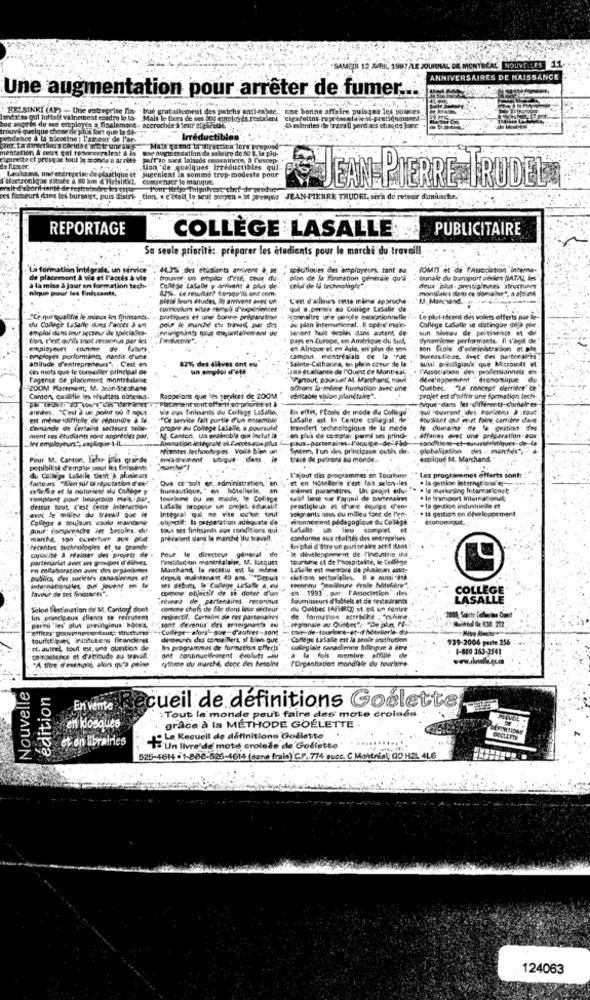
97 /LE JOURNAL DE MONTRÉAL
NOUVELLES
ANNIVERSAIRES DE NAISSANCE
Une augmentation pour arrêter de fumer ...
HELSINKI (AP) - Une entreprise In-
"true gratuitement des patchs antleshne: une bonne affaire puisq
ner's qui huittalt vainement contro lo to-
Mais le tiers de ses jos employés restaient "cigarettos.
boc appris de ses employés a finalement, accrochée i teur elgiresse,
avis quelque chose de plus fort que
Irréductibles'
Ne augn or isationife saleiro de 80 8. 1
to cf prosy ac tout i
pirse sit laissés osovaincre, a Pescep
tion "de quelques Irréductibles. qui
jueet Succaient la somme trop-mode
Cogenacr le manque.
te pour
JEAN PIERRE TRUDEL.
seurs dans les bursags, puis distri-
tion
c'était le seul pibyen . it jeremy
JEAN-PIERRE
REPORTAGE
PUBLICITAIRE
COLLÈGE LASALLE
Sa seule priorité: préparer les étudiants pour le marché du travail!
La formation intégrale, un service
44.3% des étudiants arrivene &, se ' sodcifiques des employeuri, tant Na.
(OMT) et de PASsociation interna-
de placement & vie et l'accès & vie
trouver un emailor d'edf, Chug du-
plan de la formation, generale qu'il
tionale du transport ofniet DATAt, les
à la mise à jour en formation tech-
nique pour les finissants,
College Lafalle y amieent à plus de. "celui de la technologie".
47%. Ce remitir? Lorsqu'ils ont com.
monsilakes dans ce domainet, a afdune
deux pas- arestialtura structures
Dieof Seurs études, Re arrivent avec un
. Con d'ailleurs cette mime
woche
curriculum vitae remois d'experiences
qu'a.permis so Collège Lasalle d
SCe qui qualifie le mieux les firmants. . . pratiques et une bonne prifparation
Somaltre une perte exceptionnelle
as plan international. , E opens"main-
Le pli-récent des volets offerts pas ie-
emploi dans four secteur de spéciales-
du Collge LaSalle dons Tacots & un
pour Ne eurche chu travel, pur dos
lenant huit weolt dans autant de
College LaSalle se distingue deja pie ..
son niveau de peitisnot et &
ton, c'est qu'ils inot inconnus par les :
peps en Europe, en Amérique du Sud,
dynamisme performants. Il s'agit Ble
employeur comme de fatura
en Afrique et en dale, en'plin de son
son Icole d'schrinitration at ade
.employés performants, nantis d'une
82% des élèves ont eu
"Sainte-Catharina, en plein coeur de la
campus montrealals - de la true
siwl prestigiauk que Microvett
bureautiene. avec des partenaires
attitude d'entrepreteun". , Cest on
ces mots que le conseiller principal de
un emploi d'été
Lille etadiante de l'Ount de Montreal,
l'Association des- professionnels
Fagence de placement montrealaise
"Partout poursat ML Marchand, nout
(w'egpement "économique.
"ZOOM Parement, M. Jean576shane
offrons la même formation avec une
Quther. "e' concept derriere" ce
Cantor, qualifie les sesditets outennd.
Rappelons que les services de 200MM
veritable vision planetakre".
fuque dans les différents-domates-
projet est d'offrir une formation tech-
années, "C'est ) un point of 0 nous
Nie owe finissants du Collge Lasalle.
En effet, l'onle de mode du College
Pul couvrent des horizons à ;faut
eit memetdifficile'de répondre à le.
"Ce service falt puntie d'un ensemble"
LaSalle est Is Centre collegial, de
housliant oul must faire carritre dans
Cemandle de Certains secteurs meile-
propre au College Lasalle, a powruled
transfert' technologique de le mede
le domaine de la gestion
ment ces étudiants sont apprécies par.
"Af Canton, Un ensemble qui inchat in
formation intégrale ol Peores-asus,plus
en plus de te epler parmi ses prind-
affaires avec une préparation. aux
recentes technologies Voila bien an
Sperm, l'un ales principaux outils de. \ globalisation des . marches"
Pour M. Canton, Esbir plus grande
trace de patrons ao monde ..
explique M. Marchand."
. l'ajout dis programmes en Tourisme ** Les programmes offerts sont
du Celllige LaSalle Best & plusieurs
facteurs "Bien suf bi reputation d'ex"
Que ce tolt, en, administration," en.
et en Hôtellerie s'est fait selen-les
. la gestion loterngt on
celledice et la notoriété du Calllge y
bureautique, " en hotellerie,
Wemes paramètres. " Un projet edu-
. . le muskesing Intarnationet
comptent pour besigroup mais. Al.
tourisme ou en mode, to Col ise
deof base sur Fanmil de Bartensims
. le transport international
avec le milieu du travail que ie
dessus tout C'est cette Interaction
Lasalle propose un projet. éducatif
integral qual ne vse qu'un seul"
prestigie a « d'une équipe d'en-
valor ant: ismus du milieu font de l'en-
. la gestion en developpemert
. la gestion industrielle et
College a soujain vauks maintenir
objectif: Is preparation adiliquate de'
wonnement pédagogique du Collège
Économique
Pour' comprendre in besoins. du
tous ses finhsants aus conditions qui
prevalent dans le marche du travelt.
conforme aux réalités des entreprises
Nicentes technologies et sa grande
Pour le directeur général de
En phe d'ore un partenaire actif dans :"
capacité & réaliser des projets de -
partenariat avec ses groupes d'élèves
Pinstitucion montréalpise, M. Racquet
le develeppement de l'industrie Iff +
tourisme of de hospitalte, le Collège
en collaboration avec des organismes
Marchand, la recette est la.mbmw
Lawe le est merove de plekcan ane-
publics, des sociétés canadiennes et
chitions sectorielles, Il a aussi '4th
internationales, qui jouent em te
faveur de tes finspaets".
comme objectif de se doter d'un
in debuts le' College Lasalle a, eu_
Fhconnu "meilleure erole hoteliere"
1993 . par; l'Association d
COLLEGE
fèvees de, partenaires reconnus
fournisseurs d'hôtels et de restaurants
LASALLE
Selon Passimation de M. Cantorf dont-
comme chefs de Sie dans leur secteur
du Outber (AFisch ut eit un centre
los priscioaus clients to recrutent
rewectif. Certains die ces partenaires
de formation actrickce Cchine
offices gouvernementaut; structures:
parmi les' plus pheiligleun' haceit "." sont devenus dies wieignants au
"College- alors"-que d'autres-sont - cole-de-tourlore-et-of IMellerle-de
tourist que lestitulens financieret
-College LaSalle est la seule institutions
939-2006 parte 356
t. autret, tout est,une question de
Ivs programmas de formation offerts
ont continuellement evoluts -Ju
collégiale canadienne bilingue à dire.
1-810 363-1541
comalteice et d'tinude au tavan.
rythme du marché, donc des besoins
---- - -
"A titre d'exemple, akirs qu'a peine
POrganisation mondiale du tourisme
Nouvelle
edition
En vente Recueil de définitions Goélette
:Tout le monde peut faire des mote croless
en kiosques
grâce à la MÉTHODE GOELETTE
et on libraires
Le Recueil de définitione Godlette
.'Un livre'de mots croleds de Goélette"
525-4614 -1-808-526-4614 (sane frais) C.P. 774 suce. C Mantrial: GO HZL 4L6
124063